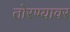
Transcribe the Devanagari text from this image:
तोरण्यावर